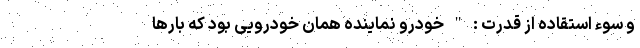
و سوء استقاده از قدرت : " خودرو نماینده همان خودرویی بود که بارها